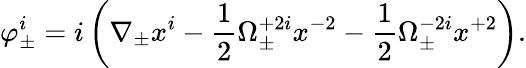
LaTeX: \varphi_{\pm}^{i}=i\left(\nabla_{\pm}x^{i}-\frac 12\Omega_{\pm}^{+2i}x^{-2}-\frac 12\Omega_{\pm}^{-2i}x^{+2}\right).